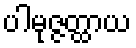
ပါမုဇ္ဇတ္ထာယ